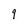
Character: 9